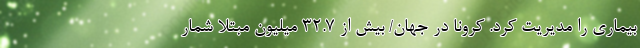
بیماری را مدیریت کرد. کرونا در جهان/ بیش از ۳۲.۷ میلیون مبتلا شمار